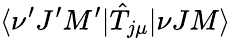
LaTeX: \langle\nu^{\prime}J^{\prime}M^{\prime}|\hat{T}_{j\mu}|\nu JM\rangle